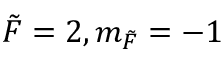
\Tilde { F } = 2 , m _ { \Tilde { F } } = - 1